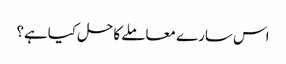
اس سارے معاملے کاحل کیاہے؟